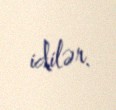
idilər.